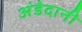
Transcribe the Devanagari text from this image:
अंडेदानी